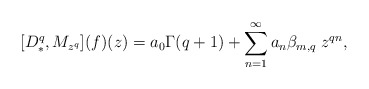
\begin{align*}[D_*^q,M_{z^q}](f)(z)=a_0\Gamma(q+1)+\sum_{n=1}^{\infty}a_n\beta_{m,q}\;z^{qn},\end{align*}